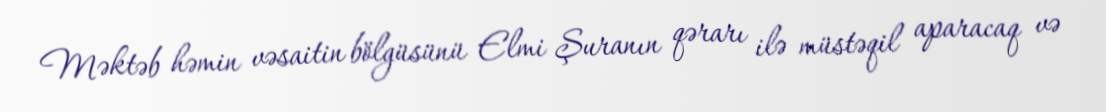
Məktəb həmin vəsaitin bölgüsünü Elmi Şuranın qərarı ilə müstəqil aparacaq və